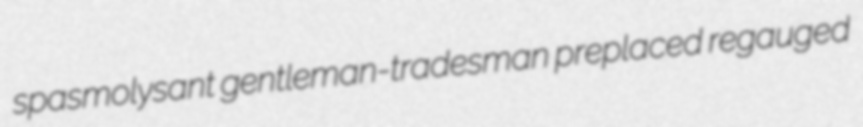
spasmolysant gentleman-tradesman preplaced regauged